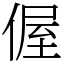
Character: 偓